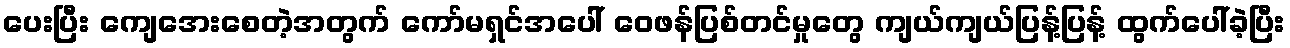
ပေးပြီး ကျေအေးစေတဲ့အတွက် ကော်မရှင်အပေါ် ဝေဖန်ပြစ်တင်မှုတွေ ကျယ်ကျယ်ပြန့်ပြန့် ထွက်ပေါ်ခဲ့ပြီး